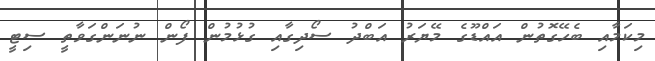
މިކަމާއި ބެހޭގޮތުން އައްޑޫގެ މޭޔަރު އަބްދު ސޯދިގާއި ގުޅުމުން ފޯން ނުނަންގަވާތީ ސިޓީ